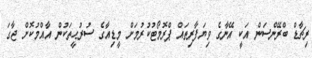
ރިޗާޑް ބްރޭންސަން އަކީ އޭނާގެ ވިޔަފާރިތައް ޕްރޮމޯޓުކުރުމަށް މީޑިއާގެ ސުރުޙީތަކުން އާއްމުކޮށް ޖާގަ